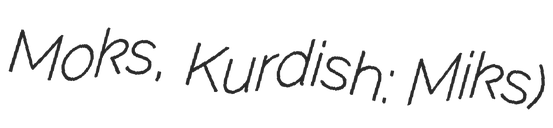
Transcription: Moks, Kurdish: Miks)